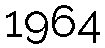
1964